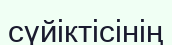
сүйіктісінің